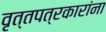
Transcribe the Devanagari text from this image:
वृत्तपत्रकारांना